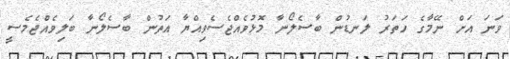
ވަނަ އަށް ނޭމާގެ ހަތަރު ލަނޑުން ބާސެލޯނާ މޮޅުވެއްޖެސެވިއްޔާ އަތުން ބާސެލޯނާ ބަލިވެއްޖެމެސީ